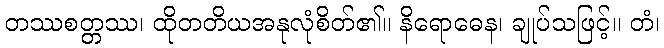
တဿစတ္တဿ၊ ထိုတတိယအနုလုံစိတ်၏။ နိရောဓေန၊ ချုပ်သဖြင့်။ တံ၊